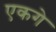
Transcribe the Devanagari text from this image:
एकगे